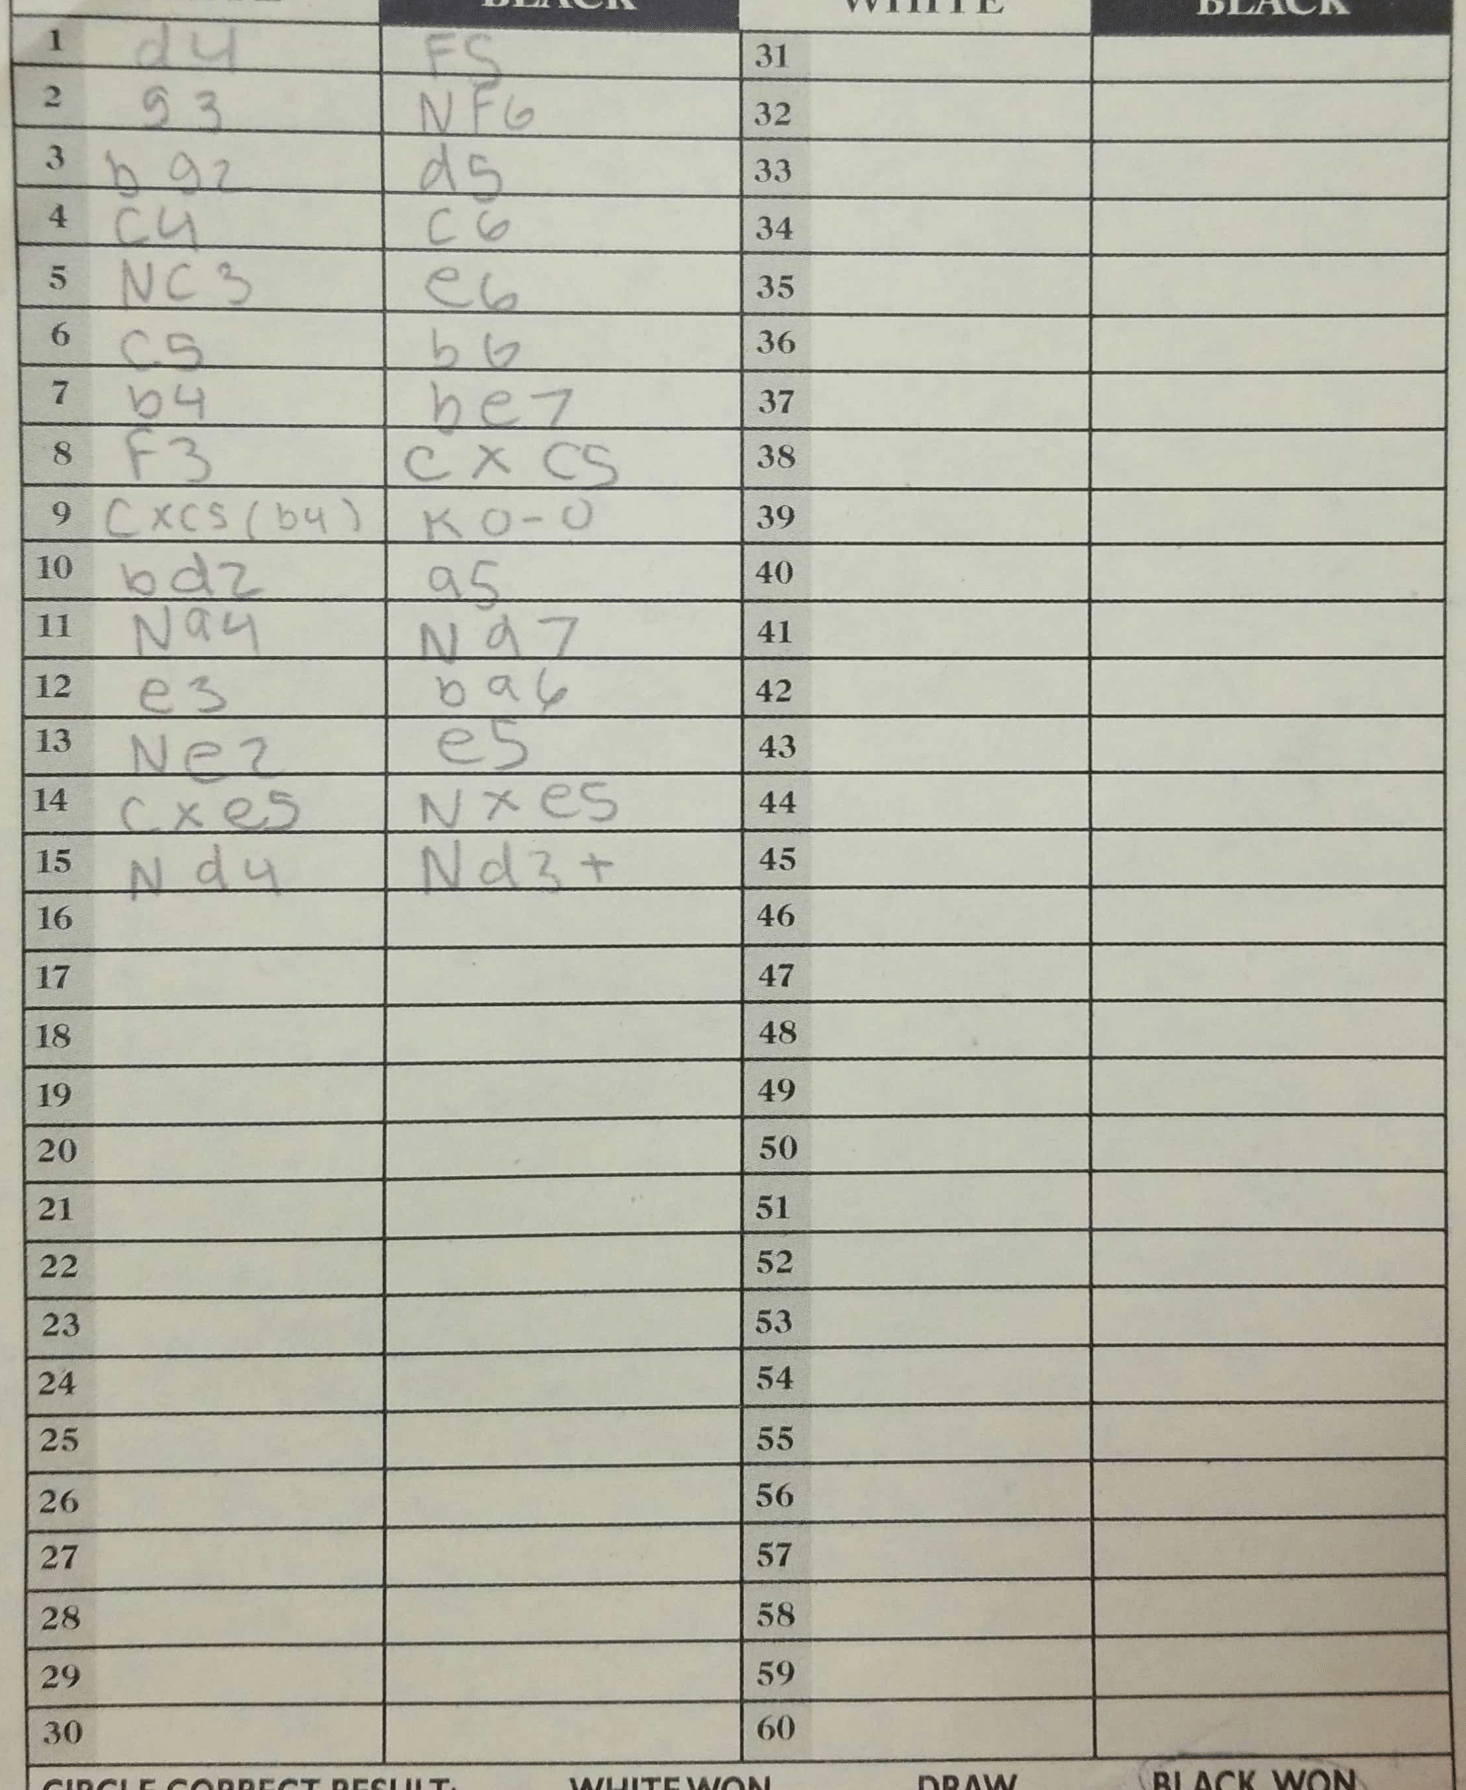
Moves: d4 f5 g3 Nf6 Bg2 d5 c4 c6 Nc3 e6 c5 b6 b4 Be7 f3 cxc5 cxc5 O-O Bd2 a5 Na4 Nd7 e3 Ba6 Ne2 e5 cxe5 Nxe5 Nd4 Nd3+